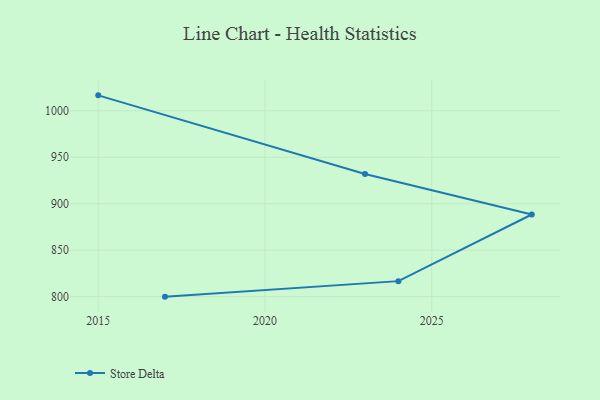
{"axis": {"x": "Year", "y": "LTV (USD)"}, "legend": ["Store Delta"], "data": [{"x": "2015", "y": 1016.6, "type": "Store Delta"}, {"x": "2023", "y": 932.0, "type": "Store Delta"}, {"x": "2028", "y": 888.4, "type": "Store Delta"}, {"x": "2024", "y": 816.7, "type": "Store Delta"}, {"x": "2017", "y": 800, "type": "Store Delta"}]}